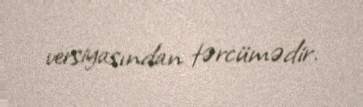
versiyasından tərcümədir.